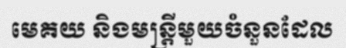
មេគយ និងមន្ត្រីមួយចំនួនដែល